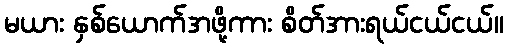
မယား နှစ်ယောက်အဖို့ကား စိတ်အားရယ်ငယ်ငယ်။